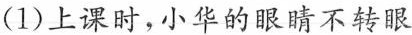
(1)上课时，小华的眼睛不转眼